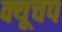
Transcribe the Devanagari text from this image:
क्यूचप